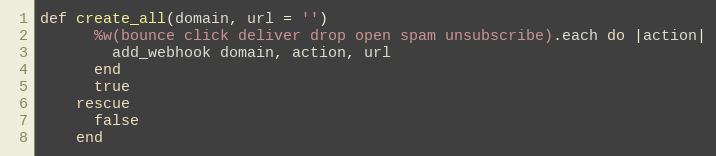
Language: Ruby
def create_all(domain, url = '')
      %w(bounce click deliver drop open spam unsubscribe).each do |action|
        add_webhook domain, action, url
      end
      true
    rescue
      false
    end